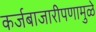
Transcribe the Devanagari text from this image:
कर्जबाजारीपणामुळे